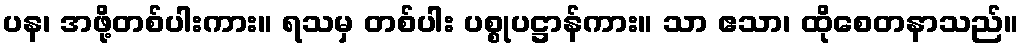
ပန၊ အဖို့တစ်ပါးကား။ ရသမှ တစ်ပါး ပစ္စုပဋ္ဌာန်ကား။ သာ ဧသာ၊ ထိုစေတနာသည်။